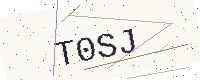
Text: T0SJ